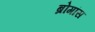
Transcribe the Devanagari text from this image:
ब्रोगांस